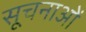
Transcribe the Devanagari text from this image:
सूचनाओें